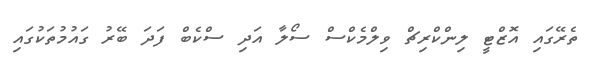
ތެރޭގައި އޮޒްޓީ ލިންކްރިޗް ވިލްމެކްސް ސޯލާ އަދި ސްކެބް ފަދަ ބޭރު ގައުމުތަކުގައި